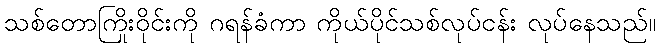
သစ်တောကြိုးဝိုင်းကို ဂရန်ခံကာ ကိုယ်ပိုင်သစ်လုပ်ငန်း လုပ်နေသည်။